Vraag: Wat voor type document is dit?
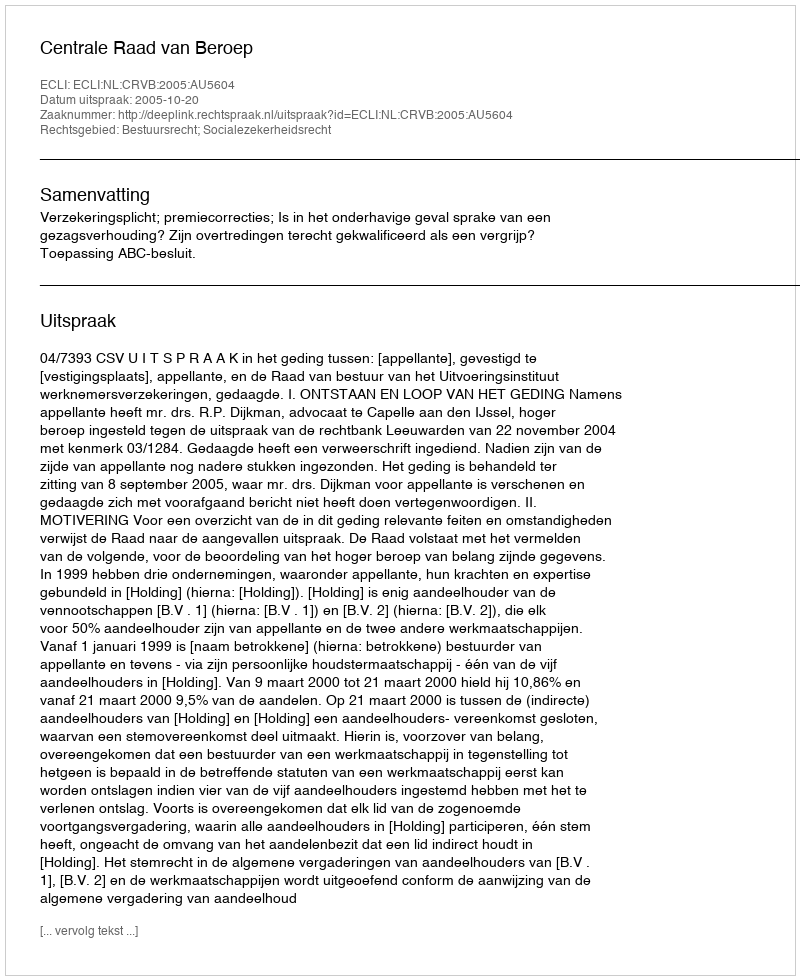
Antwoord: Uitspraak